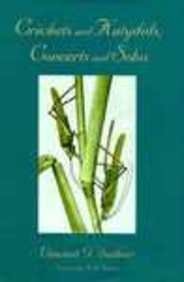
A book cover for Crickets and Katydids, Concerts and Solos; Vincent G. Dethier; Sports & Outdoors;